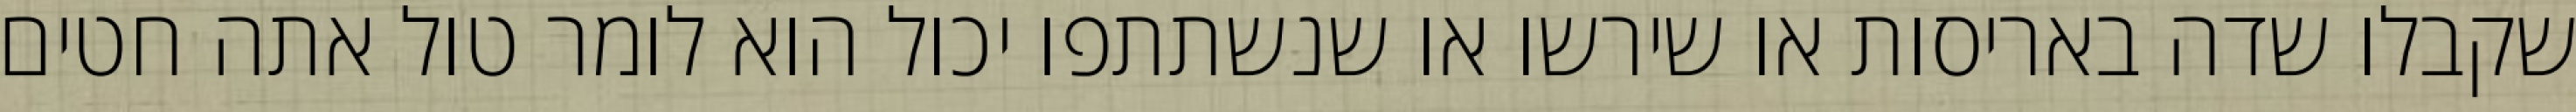
שקבלו שדה באריסות או שירשו או שנשתתפו יכול הוא לומר טול אתה חטים